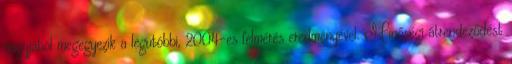
nagyjából megegyezik a legutóbbi, 2004-es felmérés eredményével. Minőségi átrendeződést